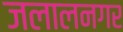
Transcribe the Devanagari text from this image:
जलालनगर